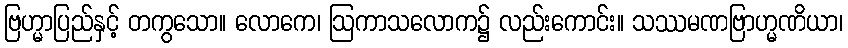
ဗြဟ္မာပြည်နှင့် တကွသော။ လောကေ၊ ဩကာသလောက၌ လည်းကောင်း။ သဿမဏဗြာဟ္မဏိယာ၊